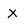
Character: X